Problem: 19 + 5 = ?
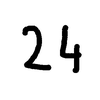
Handwritten answer: 24